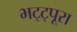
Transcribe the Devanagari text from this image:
भट्ट्पूरा